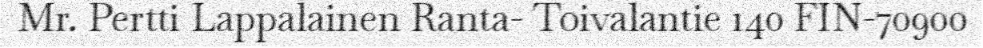
Mr. Pertti Lappalainen Ranta- Toivalantie 140 FIN-70900